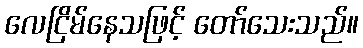
လေငြိမ်နေသဖြင့် တော်သေးသည်။